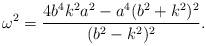
LaTeX: \begin{align*}\omega ^2 = \frac{4b^4k^2a^2 - a^4(b^2+k^2)^2}{(b^2-k^2)^2}.\end{align*}